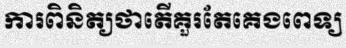
ការពិនិត្យថាតើគួរតែគេងពេទ្យ